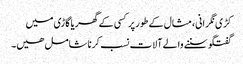
کڑی نگرانی، مثال کے طور پر کسی کے گھر یا گاڑی میں
گفتگو سننے والے آلات نسب کرنا شامل ھیں۔